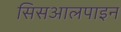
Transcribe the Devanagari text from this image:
सिसआलपाइन